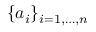
\{ a _ { i } \} _ { i = 1 , \ldots , n }